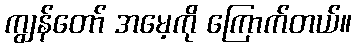
ကျွန်တော် အမေ့ကို ကြောက်တယ်။